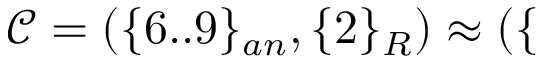
\mathcal { C } = ( \{ 6 . . 9 \} _ { a n } , \{ 2 \} _ { R } ) \approx ( \{